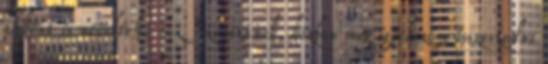
akként is neveltek. - Szusszanok, közben meg igyekszem összeszedni